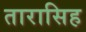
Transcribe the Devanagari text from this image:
तारासिह